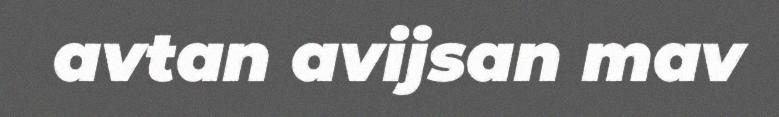
avtan avijsan mav